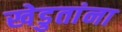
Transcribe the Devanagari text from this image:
खेडुतांना